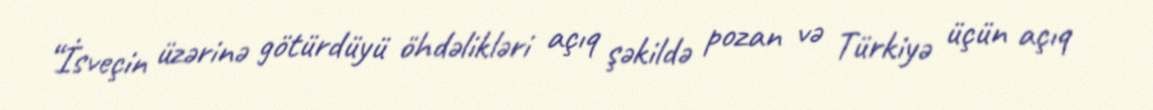
“İsveçin üzərinə götürdüyü öhdəlikləri açıq şəkildə pozan və Türkiyə üçün açıq